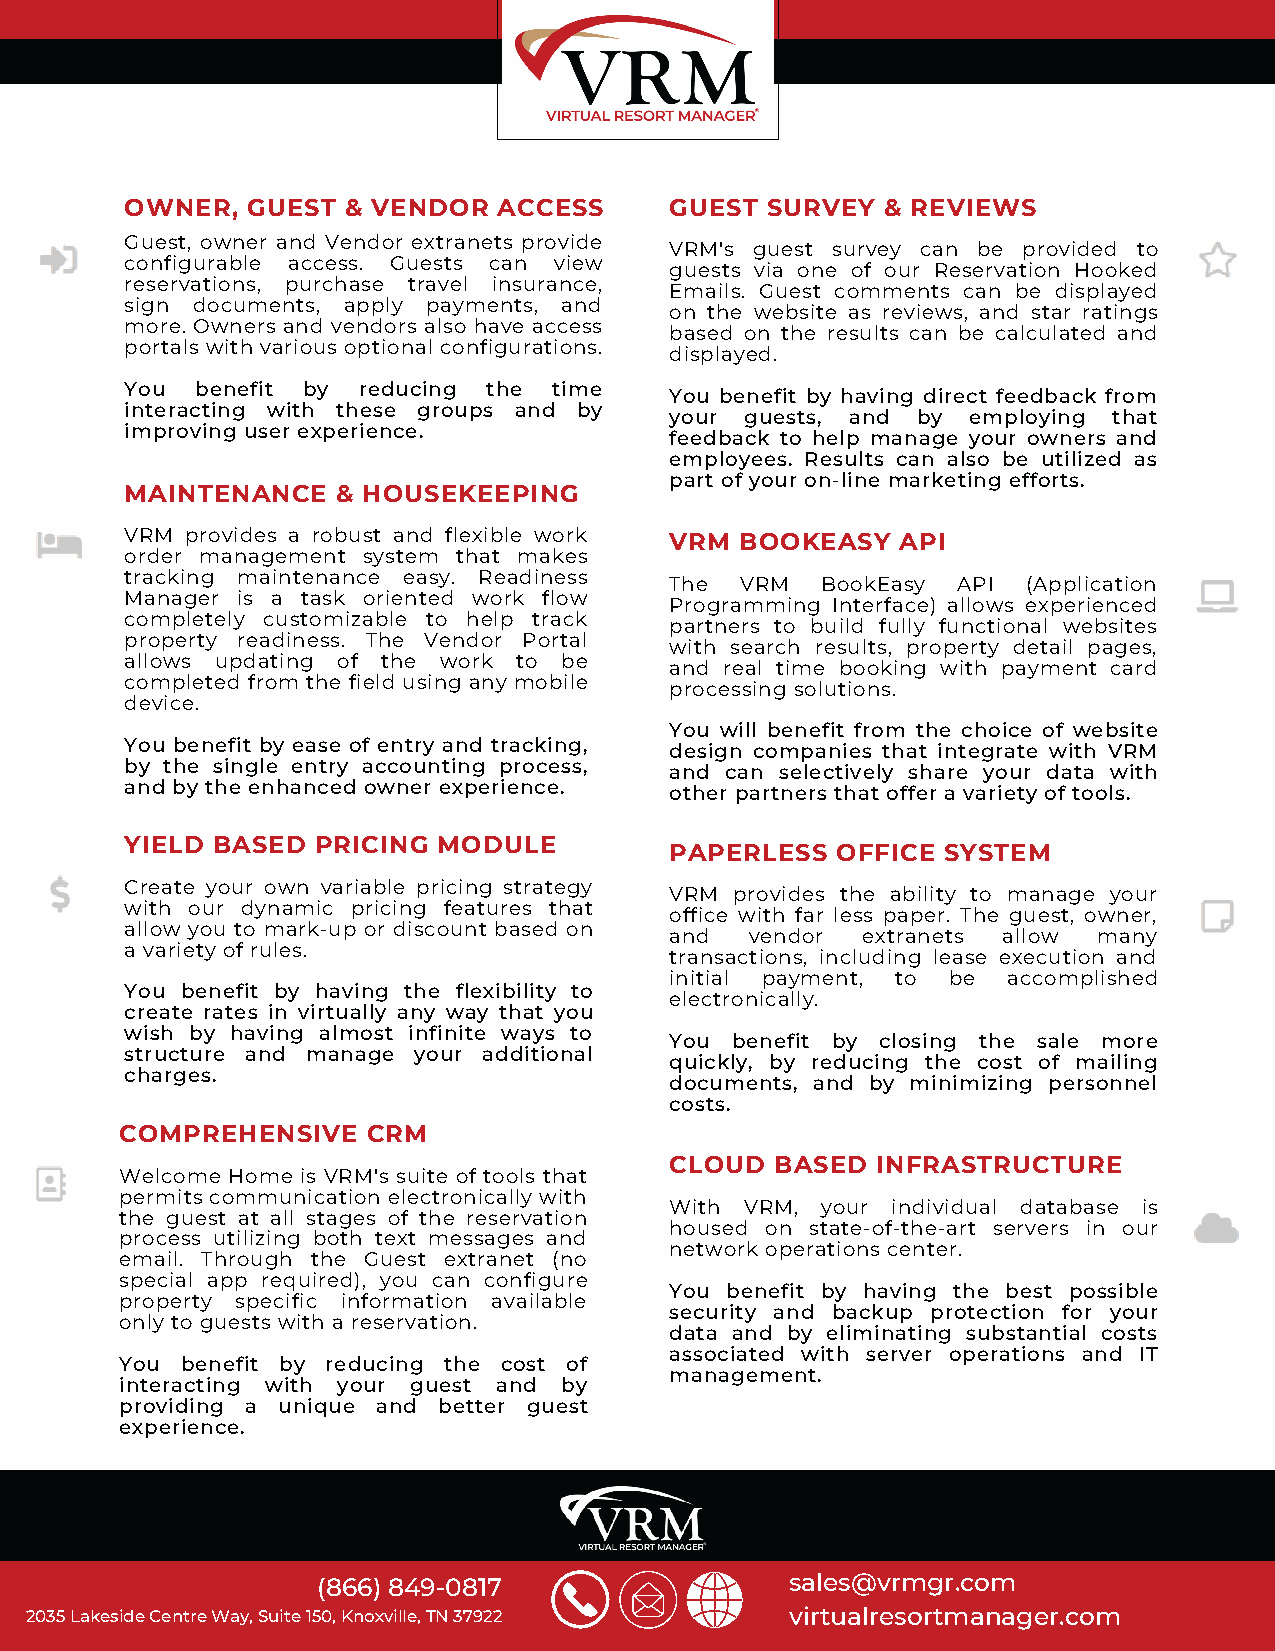
OWNER,  GUEST  & VENDOR  ACCESS     GUEST  SURVEY  & REVIEWS
 Guest, owner and Vendor extranets provide
 VRM's guest survey can be provided to
 configurable access. Guests can view
 guests via one of our Reservation Hooked
 reservations, purchase travel insurance,
 Emails. Guest comments can be displayed
 sign documents, apply payments, and
 on the website as reviews, and star ratings
 more. Owners and vendors also have access
 based on the results can be calculated and
 portals with various optional configurations.
 displayed.
 You  benefit by reducing the time
 You benefit by having direct feedback from
 interacting with these groups and by
 your guests, and by employing that
 improving user experience.
 feedback to help manage your owners and
 employees. Results can also be utilized as
 part of your on-line marketing efforts.
 MAINTENANCE   & HOUSEKEEPING
 VRM provides a robust and flexible work VRM BOOKEASY API
 order management system that makes
 tracking maintenance easy. Readiness
 The  VRM  BookEasy API  (Application
 Manager is a task oriented work flow
 Programming Interface) allows experienced
 completely customizable to help track
 partners to build fully functional websites
 property readiness. The Vendor Portal
 with search results, property detail pages,
 allows updating of the work to be
 and real time booking with payment card
 completed from the field using any mobile
 processing solutions.
 device.
 You will benefit from the choice of website
 You benefit by ease of entry and tracking,
 design companies that integrate with VRM
 by the single entry accounting process,
 and can selectively share your data with
 and by the enhanced owner experience.
 other partners that offer a variety of tools.
 YIELD BASED  PRICING MODULE
 PAPERLESS  OFFICE SYSTEM
 Create your own variable pricing strategy
 VRM  provides the ability to manage your
 with our dynamic pricing features that
 office with far less paper. The guest, owner,
 allow you to mark-up or discount based on
 and   vendor extranets allow many
 a variety of rules.
 transactions, including lease execution and
 initial payment, to be accomplished
 You benefit by having the flexibility to
 electronically.
 create rates in virtually any way that you
 wish by having almost infinite ways to
 You benefit by closing the sale more
 structure and manage your additional
 quickly, by reducing the cost of mailing
 charges.
 documents, and by minimizing personnel
 costs.
 COMPREHENSIVE   CRM
 CLOUD  BASED  INFRASTRUCTURE
 Welcome Home is VRM's suite of tools that
 permits communication electronically with
 With VRM, your individual database is
 the guest at all stages of the reservation
 housed on state-of-the-art servers in our
 process utilizing both text messages and
 network operations center.
 email. Through the Guest extranet (no
 special app required), you can configure
 You benefit by having the best possible
 property specific information available
 security and backup protection for your
 only to guests with a reservation.
 data and by eliminating substantial costs
 associated with server operations and IT
 You benefit by reducing the cost of
 management.
 interacting with your guest and by
 providing a unique and better guest
 experience.
 (866) 849-0817                 sales@vrmgr.com
 2035 Lakeside Centre Way, Suite 150, Knoxville, TN 37922 virtualresortmanager.com